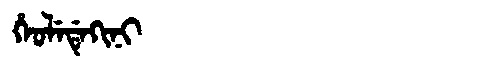
Manchu: ᡥᡝᠣᠯᡝᡩᡝᡴᡳᠨᡳ
Romanization: HEOLEDEKINI